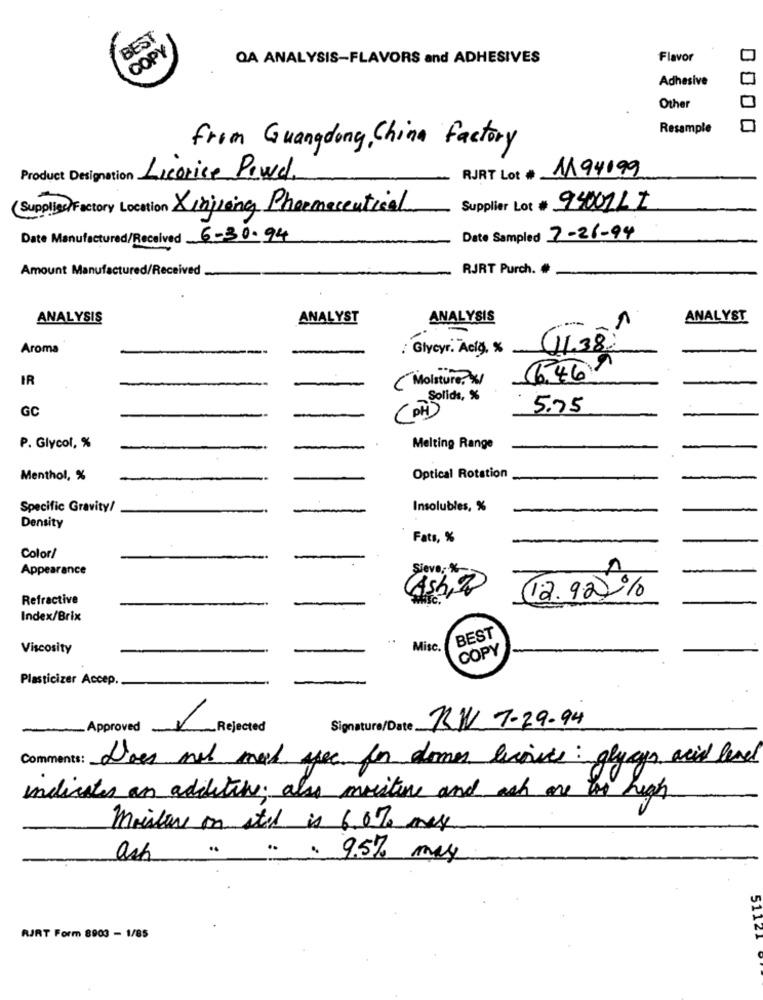
BEST
COPY
QA ANALYSIS-FLAVORS and ADHESIVES
Flavor
Adhesive
Other
Resample
from Guangdong, China factory
RJRT Lot # 1194199
Product Designation Licorice Powel,
(Supplies)Factory Location Xinjiang Pharmaceutical
Supplier Lot # 94001LI
Date Manufactured/Received 6-30-94
Date Sampled 7-26-94
Amount Manufactured/Received
RJRT Purch. #
ANALYSIS
ANALYST
ANALYSIS
ANALYST
Aroma
-
: Glycyr. Aciğ, %
6.469
IR
( Moisture. * /
Solids, %
GC
( DH)
5.75
-
P. Glycol, %
-
Melting Range
Menthol, %
Optical Rotation
Specific Gravity/
Insolubles, %
-
Density
Fats, %
Color/
Appearance
Sieve, %-
1
Refractive
-
Cash, 2
12.922%
Index/Brix
BEST
Viscosity
Misc.
COPY
Plasticizer Accep.
Signature/Date RW 7-29.94
-Approved
Rejected
Comments: Does not med yee for domes licorice: glycyr acid levd
indicates an additive; also mostine and ach are too high
moisture on ated is 6.0% mes
..
ash
. 9.5% may
RJRT Form 8903 - 1/85